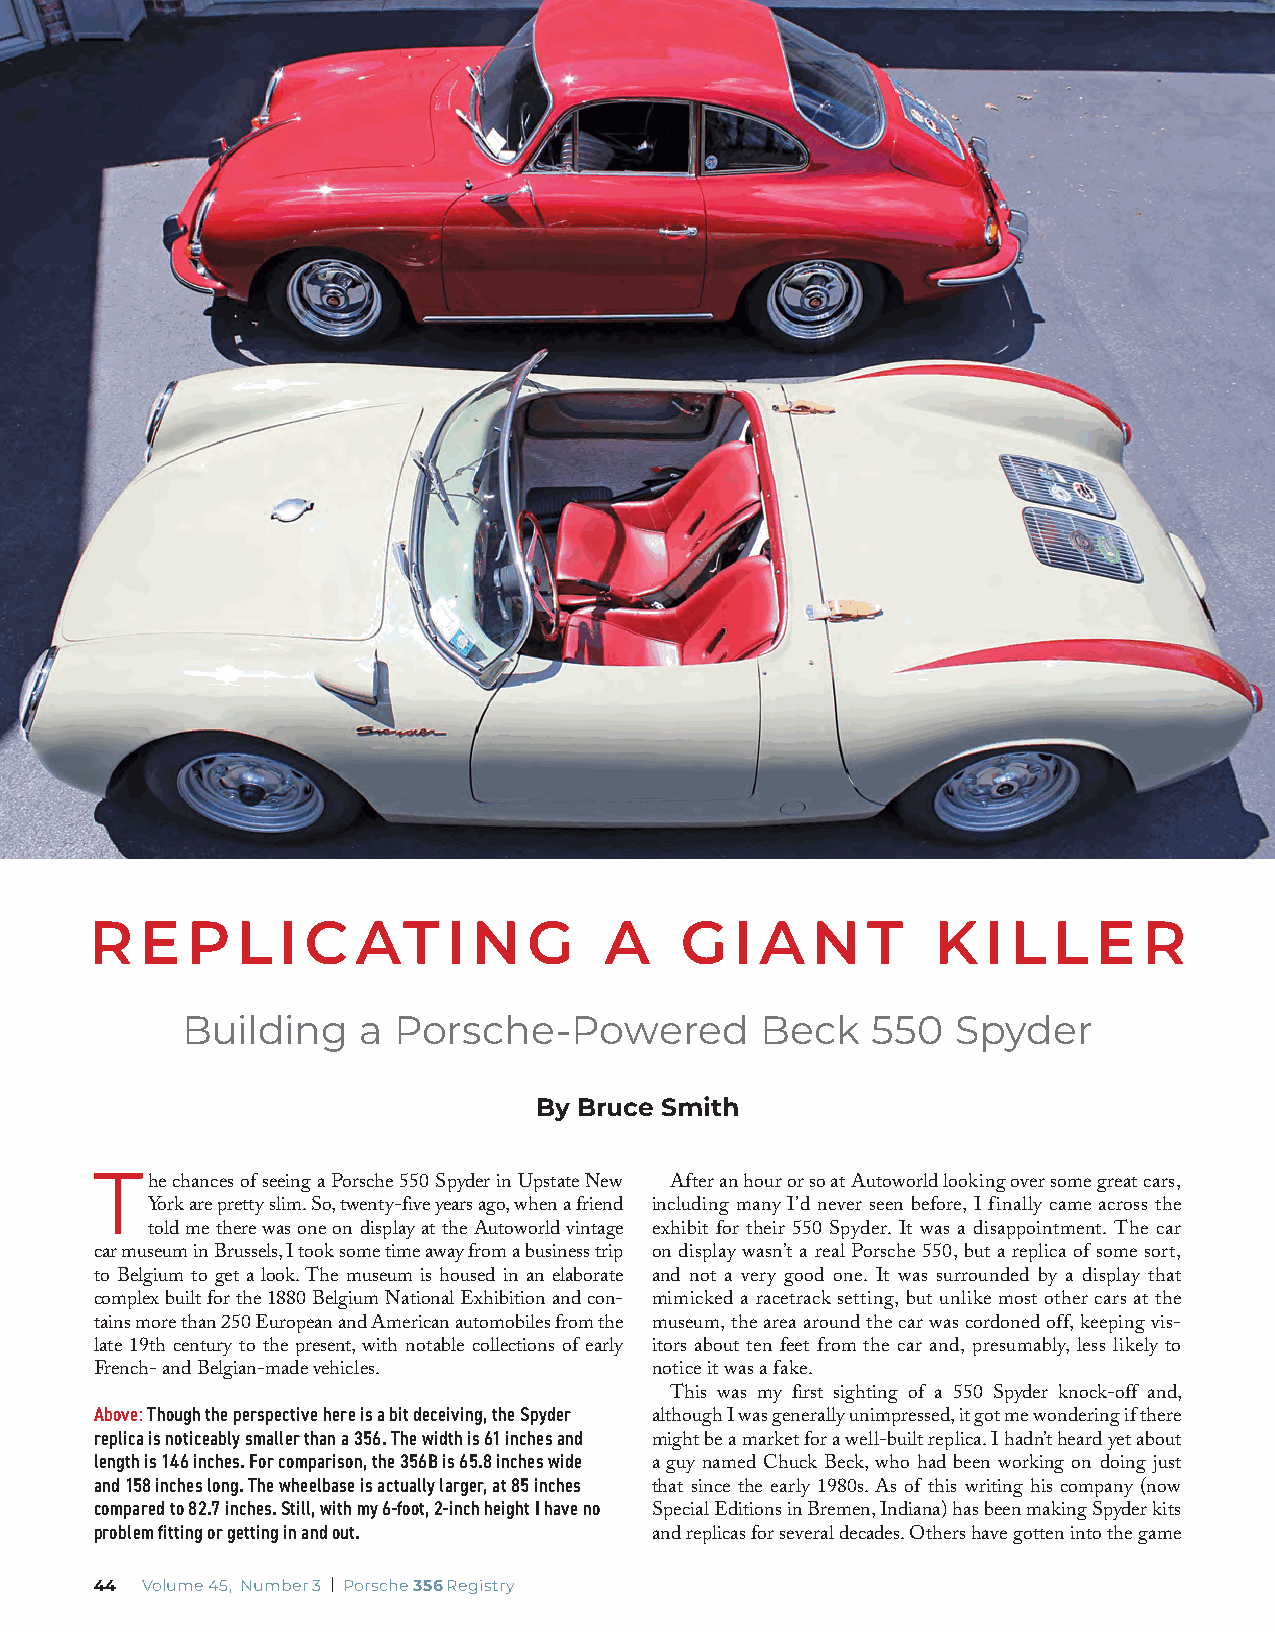
R  E  PLI     C   AT    I N  G    A    G   I A  N  T    K  I LLE      R
 Building    a Porsche-Powered         Beck    550  Spyder
 By Bruce Smith
 T
 he chances of seeing a Porsche 550 Spyder in Upstate New After an hour or so at Autoworld looking over some great cars,
 York are pretty slim. So, twenty-five years ago, when a friend including many I’d never seen before, I finally came across the
 told me there was one on display at the Autoworld vintage exhibit for their 550 Spyder. It was a disappointment. The car
 car museum in Brussels, I took some time away from a business trip on display wasn’t a real Porsche 550, but a replica of some sort,
 to Belgium to get a look. The museum is housed in an elaborate and not a very good one. It was surrounded by a display that
 complex built for the 1880 Belgium National Exhibition and con- mimicked a racetrack setting, but unlike most other cars at the
 tains more than 250 European and American automobiles from the museum, the area around the car was cordoned off, keeping vis-
 late 19th century to the present, with notable collections of early itors about ten feet from the car and, presumably, less likely to
 French- and Belgian-made vehicles.   notice it was a fake.
 This was my first sighting of a 550 Spyder knock-off and,
 Above: Though the perspective here is a bit deceiving, the Spyder
 although I was generally unimpressed, it got me wondering if there
 replica is noticeably smaller than a 356. The width is 61 inches and
 might be a market for a well-built replica. I hadn’t heard yet about
 length is 146 inches. For comparison, the 356B is 65.8 inches wide
 a guy named Chuck Beck, who had been working on doing just
 and 158 inches long. The wheelbase is actually larger, at 85 inches
 that since the early 1980s. As of this writing his company (now
 compared to 82.7 inches. Still, with my 6-foot, 2-inch height I have no
 Special Editions in Bremen, Indiana) has been making Spyder kits
 problem fitting or getting in and out.
 and replicas for several decades. Others have gotten into the game
 44 Volume 45, Number 3 | Porsche 356 Registry